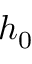
h _ { 0 }